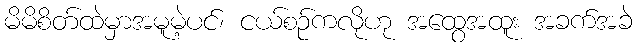
မိမိစိတ်ထဲမှာအမူမဲ့ပင်၊ ငယ်စဉ်ကလိုဟု အထွေအထူး အခက်အခဲ